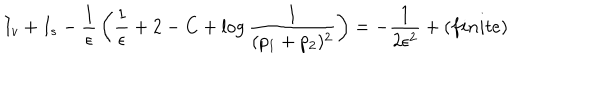
I _ { v } + I _ { s } - { \frac { 1 } { \epsilon } } \left( { \frac { 1 } { \epsilon } } + 2 - C + \log { \frac { 1 } { ( p _ { 1 } + p _ { 2 } ) ^ { 2 } } } \right) = - { \frac { 1 } { 2 \epsilon ^ { 2 } } } + ( f i n i t e )